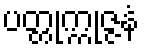
ပတ္တုက္ကုဇ္ဇနံ